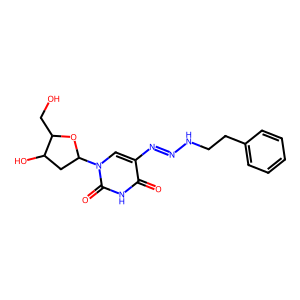
SMILES: O=c1[nH]c(=O)n(C2CC(O)C(CO)O2)cc1N=NNCCc1ccccc1
Inhibits HIV replication: No